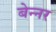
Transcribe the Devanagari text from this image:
बेन्नर